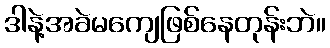
ဒါနဲ့အခဲမကျေဖြစ်နေတုန်းဘဲ။